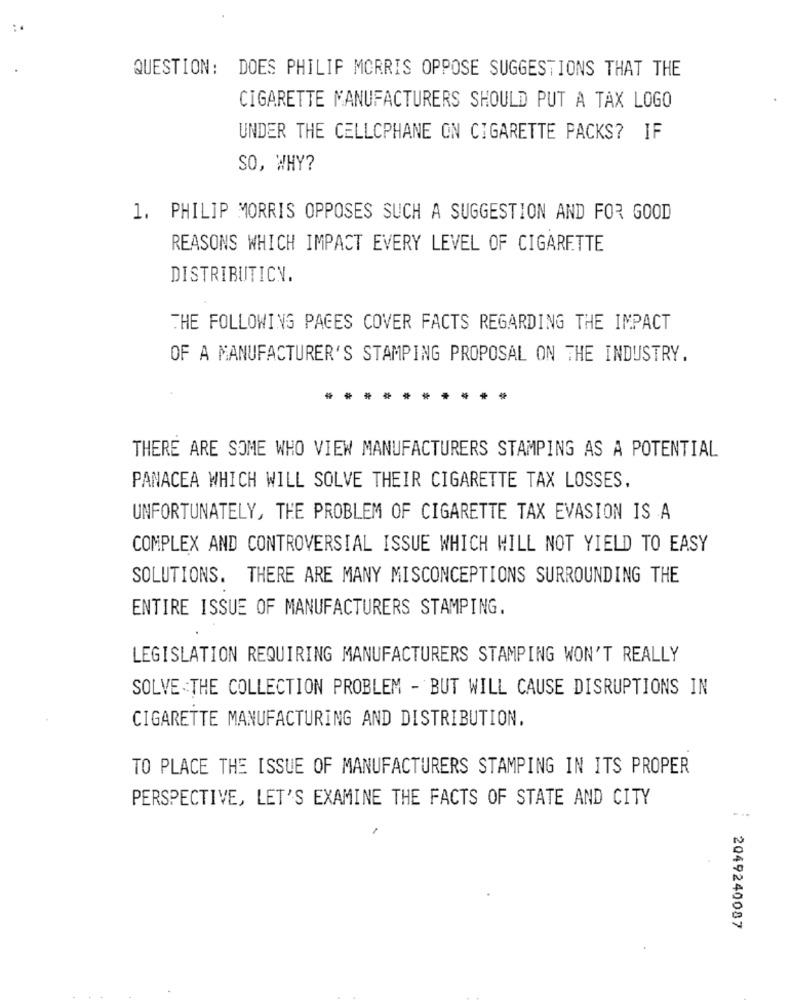
QUESTION: DOES PHILIP MORRIS OPPOSE SUGGESTIONS THAT THE
CIGARETTE MANUFACTURERS SHOULD PUT A TAX LOGO
UNDER THE CELLOPHANE ON CIGARETTE PACKS? IF
SO, WHY?
1. PHILIP MORRIS OPPOSES SUCH A SUGGESTION AND FOR GOOD
REASONS WHICH IMPACT EVERY LEVEL OF CIGARETTE
DISTRIBUTICN.
THE FOLLOWING PAGES COVER FACTS REGARDING THE IMPACT
OF A MANUFACTURER'S STAMPING PROPOSAL ON THE INDUSTRY.
THERE ARE SOME WHO VIEW MANUFACTURERS STAMPING AS A POTENTIAL
PANACEA WHICH WILL SOLVE THEIR CIGARETTE TAX LOSSES.
UNFORTUNATELY, THE PROBLEM OF CIGARETTE TAX EVASION IS A
COMPLEX AND CONTROVERSIAL ISSUE WHICH WILL NOT YIELD TO EASY
SOLUTIONS. THERE ARE MANY MISCONCEPTIONS SURROUNDING THE
ENTIRE ISSUE OF MANUFACTURERS STAMPING.
LEGISLATION REQUIRING MANUFACTURERS STAMPING WON'T REALLY
SOLVE THE COLLECTION PROBLEM - BUT WILL CAUSE DISRUPTIONS IN
CIGARETTE MANUFACTURING AND DISTRIBUTION.
TO PLACE THE ISSUE OF MANUFACTURERS STAMPING IN ITS PROPER
PERSPECTIVE, LET'S EXAMINE THE FACTS OF STATE AND CITY
: 2049240087